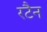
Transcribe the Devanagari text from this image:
रटैन